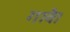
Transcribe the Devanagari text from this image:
गावै।